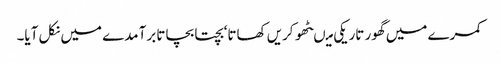
کمرے میں گھور تاریکی میںٹھو کریں کھاتا‘ بچتا بچاتا برآمدے میں نکل آیا۔